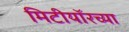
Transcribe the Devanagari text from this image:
मिटीयॉरच्या